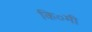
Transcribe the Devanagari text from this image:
कि०मी